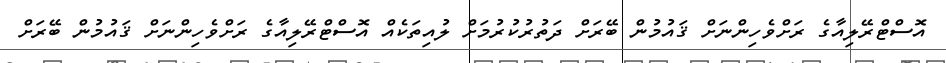
އޮސްޓްރޭލިއާގެ ރަށްވެހިންނަށް ޤައުމުން ބޭރަށް ދަތުރުކުރުމަށް ލުއިތަކެއް އޮސްޓްރޭލިއާގެ ރަށްވެހިންނަށް ޤައުމުން ބޭރަށް